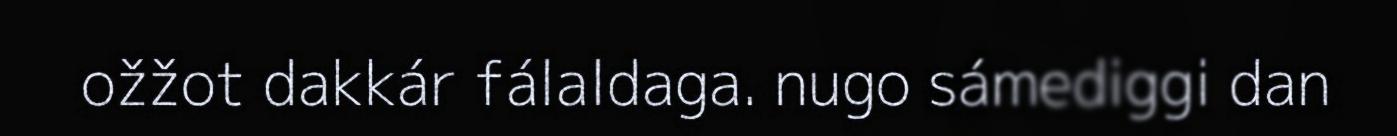
ožžot dakkár fálaldaga. nugo sámediggi dan